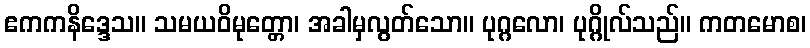
ဧကကနိဒ္ဒေသ။ သမယဝိမုတ္တော၊ အခါမှလွတ်သော။ ပုဂ္ဂလော၊ ပုဂ္ဂိုလ်သည်။ ကတမောစ၊